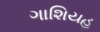
ગાશિયહ